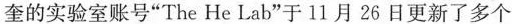
奎的实验室账号”The He Lab”于11月26日更新了多个